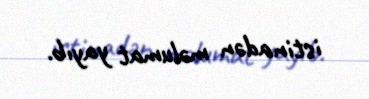
istinadən məlumat yayıb.